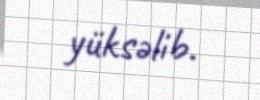
yüksəlib.